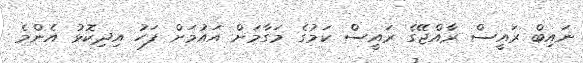
ނައިބް ރައީސް ރާއްޖޭގެ ރައީސް ކަމުގެ މަގާމަށް އައުމަށް ފަހު އިދިކޮޅު އެންމެ